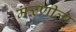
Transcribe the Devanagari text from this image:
मळणीला